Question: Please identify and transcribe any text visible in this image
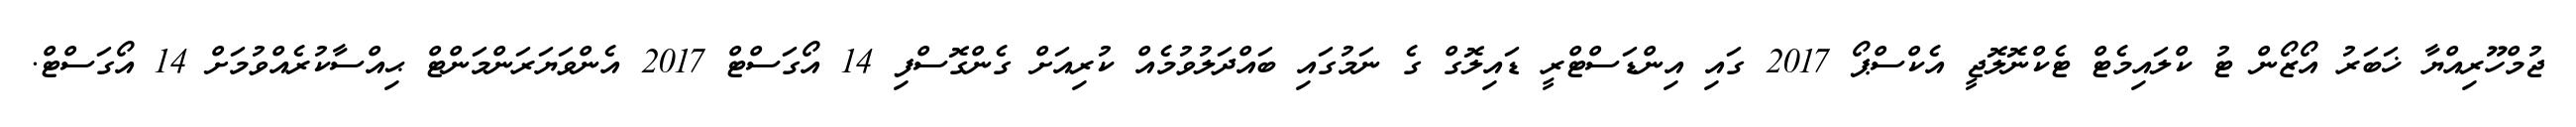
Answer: ޖުމްހޫރިއްޔާ ޚަބަރު އޯޒޯން ޓު ކްލައިމެޓް ޓެކްނޮލޮޖީ އެކްސްޕޯ 2017 ގައި އިންޑަސްޓްރީ ޑައިލޮގް ގެ ނަމުގައި ބައްދަލުވުމެއް ކުރިއަށް ގެންގޮސްފި 14 އޯގަސްޓް 2017 އެންވަޔަރަންމަންޓް ޙިއްސާކުރެއްވުމަށް 14 އޯގަސްޓް.